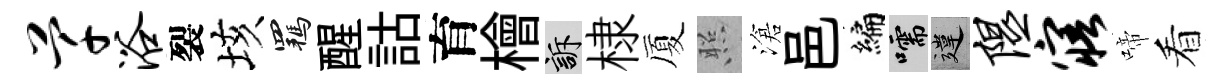
芊浴裂垓羈醒詁育檜訴棣厦照滄邑编嚅違隰寤啼看